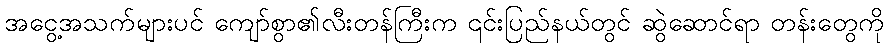
အငွေ့အသက်များပင် ကျော်စွာ၏လီးတန်ကြီးက ၎င်းပြည်နယ်တွင် ဆွဲဆောင်ရာ တန်းတွေကို